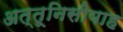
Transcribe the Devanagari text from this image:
अत्तूनिसीयाह